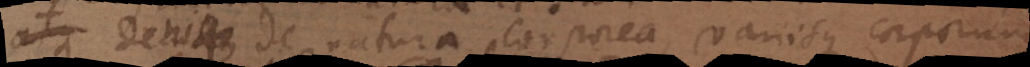
atque denique de natura corporea, variisque corporum